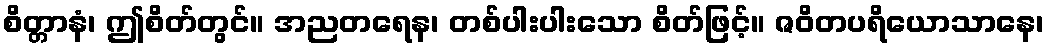
စိတ္တာနံ၊ ဤစိတ်တွင်။ အညတရေန၊ တစ်ပါးပါးသော စိတ်ဖြင့်။ ဇဝိတပရိယောသာနေ၊